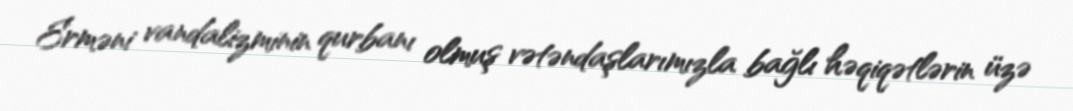
Erməni vandalizminin qurbanı olmuş vətəndaşlarımızla bağlı həqiqətlərin üzə